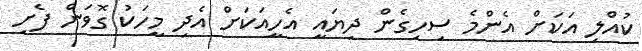
ކުއްލި އަކަށް އެންމެ ސިހިގެން ދިޔައީ އެހީއަކަށް އެދި މީހަކު ގޮވަން ފެށި